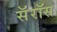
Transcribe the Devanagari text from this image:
सॅरॉस